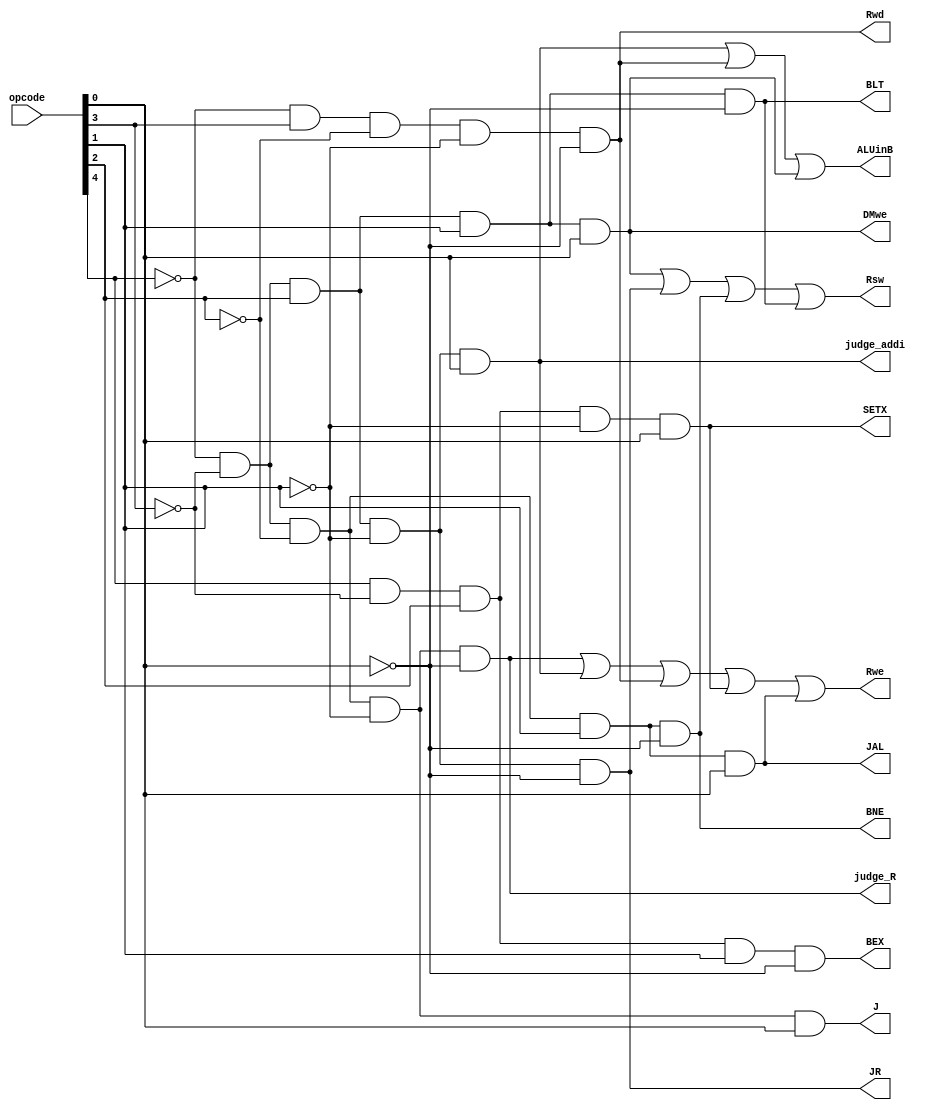
module controlUnit (Rwe, Rsw, ALUinB, DMwe, Rwd, J, JAL, BEX, BNE, BLT, JR, SETX, judge_R, judge_addi, opcode);

	input [4:0] opcode;
	output Rwe, Rsw, ALUinB, DMwe, Rwd, J, JAL, BEX, BNE, BLT, JR, SETX, judge_R, judge_addi;
	
	wire judge_addi, judge_sw, judge_lw, judge_R;
	wire judge_j, judge_bne, judge_jal, judge_jr, judge_blt, judge_bex, judge_setx;
	
	//R type
	and is_R (judge_R, ~opcode[4], ~opcode[3], ~opcode[2], ~opcode[1], ~opcode[0]);//R:00000
	
	//I type
	and is_addi (judge_addi, ~opcode[4], ~opcode[3], opcode[2], ~opcode[1], opcode[0]);//addi:00101
	and is_sw (judge_sw, ~opcode[4], ~opcode[3], opcode[2], opcode[1], opcode[0]);//sw:00111
	and is_lw (judge_lw, ~opcode[4], opcode[3], ~opcode[2], ~opcode[1], ~opcode[0]);//lw:01000
	
	//J type
	and is_j (judge_j, ~opcode[4], ~opcode[3], ~opcode[2], ~opcode[1], opcode[0]);//j:00001
	and is_bne (judge_bne, ~opcode[4], ~opcode[3], ~opcode[2], opcode[1], ~opcode[0]);//bne:00010
	and is_jal (judge_jal, ~opcode[4], ~opcode[3], ~opcode[2], opcode[1], opcode[0]);//jal:00011
	and is_jr (judge_jr, ~opcode[4], ~opcode[3], opcode[2], ~opcode[1], ~opcode[0]);//jr:00100
	and is_blt (judge_blt, ~opcode[4], ~opcode[3], opcode[2], opcode[1], ~opcode[0]);//blt:00110
	and is_bex (judge_bex, opcode[4], ~opcode[3], opcode[2], opcode[1], ~opcode[0]);//bex:10110
	and is_setx (judge_setx, opcode[4], ~opcode[3], opcode[2], ~opcode[1], opcode[0]);//bex:10101
	
	
	assign DMwe = judge_sw;
	assign Rwe = judge_R || judge_addi || judge_lw ||judge_setx || judge_jal;
	assign Rwd = judge_lw;
	assign Rsw = judge_sw||judge_jr||judge_bne||judge_blt;// read from rd if sw
	assign ALUinB = judge_addi || judge_lw || judge_sw;
  	//assign ALUop = 0;//Not sure how to write this one
	assign J = judge_j;
	assign JAL = judge_jal;
	assign BEX = judge_bex;
	assign BNE = judge_bne;
	assign BLT = judge_blt;
	assign JR = judge_jr;
	assign SETX = judge_setx;
endmodule